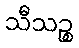
သီသဉ္စ